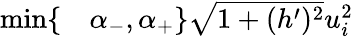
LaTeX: \begin{array}{rl}{\operatorname*{min}\lbrace}&{{}\alpha_{-},\alpha_{+}\rbrace\sqrt{1+(h^{\prime})^{2}}u_{i}^{2}}\end{array}